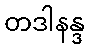
တဒါနန္ဒ